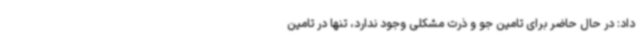
داد: در حال حاضر برای تامین جو و ذرت مشکلی وجود ندارد، تنها در تامین